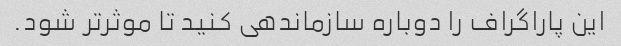
این پاراگراف را دوباره سازماندهی کنید تا موثرتر شود.